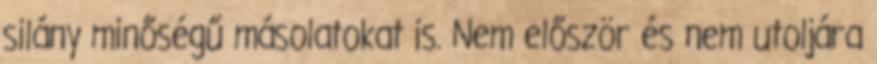
silány minőségű másolatokat is. Nem először és nem utoljára